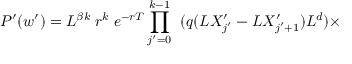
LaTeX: P ^ { \prime } ( w ^ { \prime } ) = L ^ { \beta k } \; r ^ { k } \; e ^ { - r T } \prod _ { j ^ { \prime } = 0 } ^ { k - 1 } \; \; ( q ( L X _ { j ^ { \prime } } ^ { \prime } - L X _ { j ^ { \prime } + 1 } ^ { \prime } ) L ^ { d } ) \times